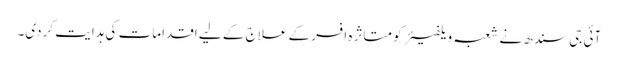
آئی جی سندھ نے شعبہ ویلفیئر کو متاثرہ افسر کے علاج کے لیے اقدامات کی ہدایت کردی۔